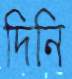
দিনি